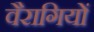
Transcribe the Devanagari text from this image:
वैरागियों